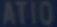
atio